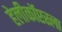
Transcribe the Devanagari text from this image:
हेलीकॉप्टरला